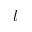
l